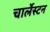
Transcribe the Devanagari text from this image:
चार्लेस्टन